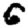
Digit: 6